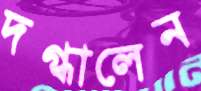
দগ্ধালেন